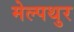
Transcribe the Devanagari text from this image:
मेल्पथुर